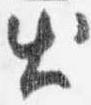
出